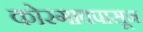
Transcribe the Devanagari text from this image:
कोरगावपासून